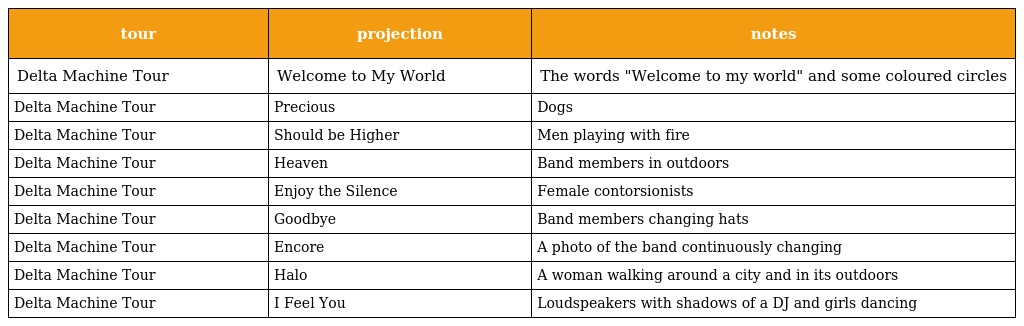
| tour | projection | notes |
 | --- | --- | --- |
 | Delta Machine Tour | Welcome to My World | The words "Welcome to my world" and some coloured circles |
 | Delta Machine Tour | Precious | Dogs |
 | Delta Machine Tour | Should be Higher | Men playing with fire |
 | Delta Machine Tour | Heaven | Band members in outdoors |
 | Delta Machine Tour | Enjoy the Silence | Female contorsionists |
 | Delta Machine Tour | Goodbye | Band members changing hats |
 | Delta Machine Tour | Encore | A photo of the band continuously changing |
 | Delta Machine Tour | Halo | A woman walking around a city and in its outdoors |
 | Delta Machine Tour | I Feel You | Loudspeakers with shadows of a DJ and girls dancing |